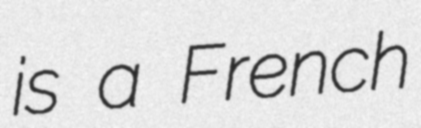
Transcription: is a French